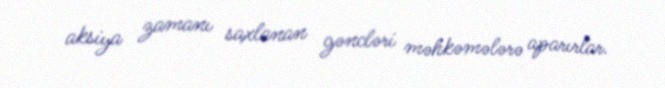
aksiya zamanı saxlanan gəncləri məhkəmələrə aparırlar.